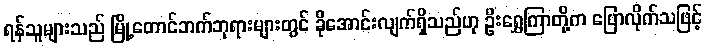
ရန်သူများသည် မြို့တောင်ဘက်ဘုရားများတွင် ခိုအောင်းလျက်ရှိသည်ဟု ဦးရွှေကြာတို့က ပြောလိုက်သဖြင့်